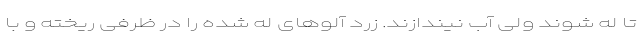
تا له شوند ولی آب نیندازند. زرد آلوهای له شده را در ظرفی ریخته و با